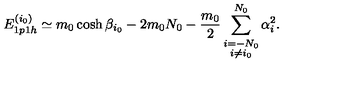
E _ { 1 p 1 h } ^ { ( i _ { 0 } ) } \simeq m _ { 0 } \cosh \beta _ { i _ { 0 } } - 2 m _ { 0 } N _ { 0 } - \frac { m _ { 0 } } { 2 } \sum _ { \stackrel { \scriptstyle i = - N _ { 0 } } { i \not = i _ { 0 } } } ^ { N _ { 0 } } \alpha _ { i } ^ { 2 } .